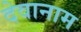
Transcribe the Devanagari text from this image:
देवानाम